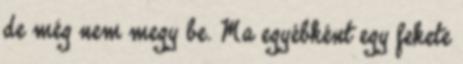
de még nem megy be. Ma egyébként egy fekete